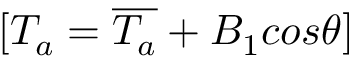
[ T _ { a } = \overline { { T _ { a } } } + B _ { 1 } c o s \theta ]